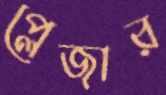
প্লেজার